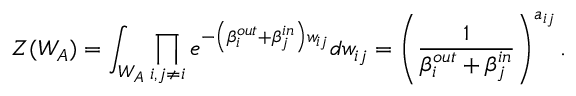
Z ( W _ { A } ) = \int _ { W _ { A } } \prod _ { i , j \neq i } e ^ { - \left( \beta _ { i } ^ { o u t } + \beta _ { j } ^ { i n } \right) w _ { i j } } d w _ { i j } = \left( \frac { 1 } { \beta _ { i } ^ { o u t } + \beta _ { j } ^ { i n } } \right) ^ { a _ { i j } } .